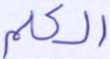
الكلم